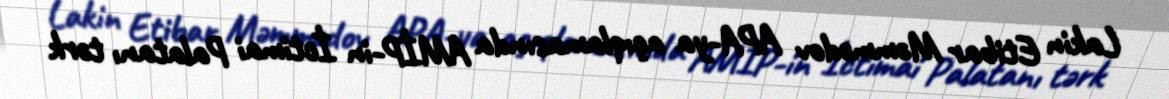
Lakin Etibar Məmmədov APA-ya açıqlamasında AMİP-in İctimai Palatanı tərk